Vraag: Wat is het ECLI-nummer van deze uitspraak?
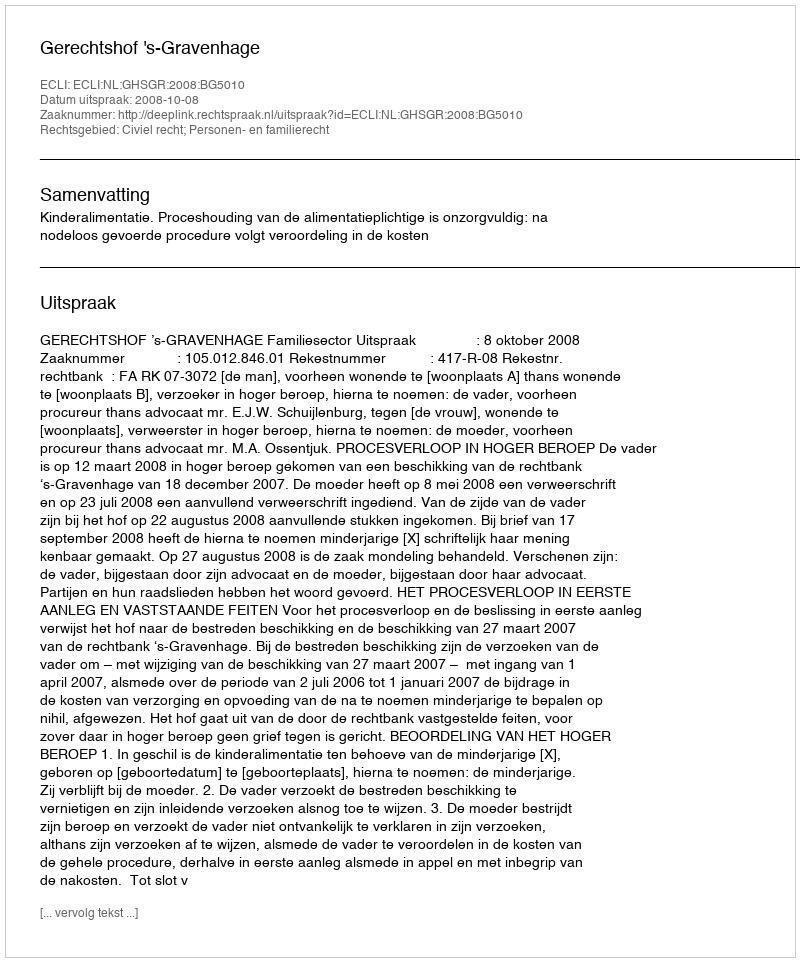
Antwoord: ECLI:NL:GHSGR:2008:BG5010